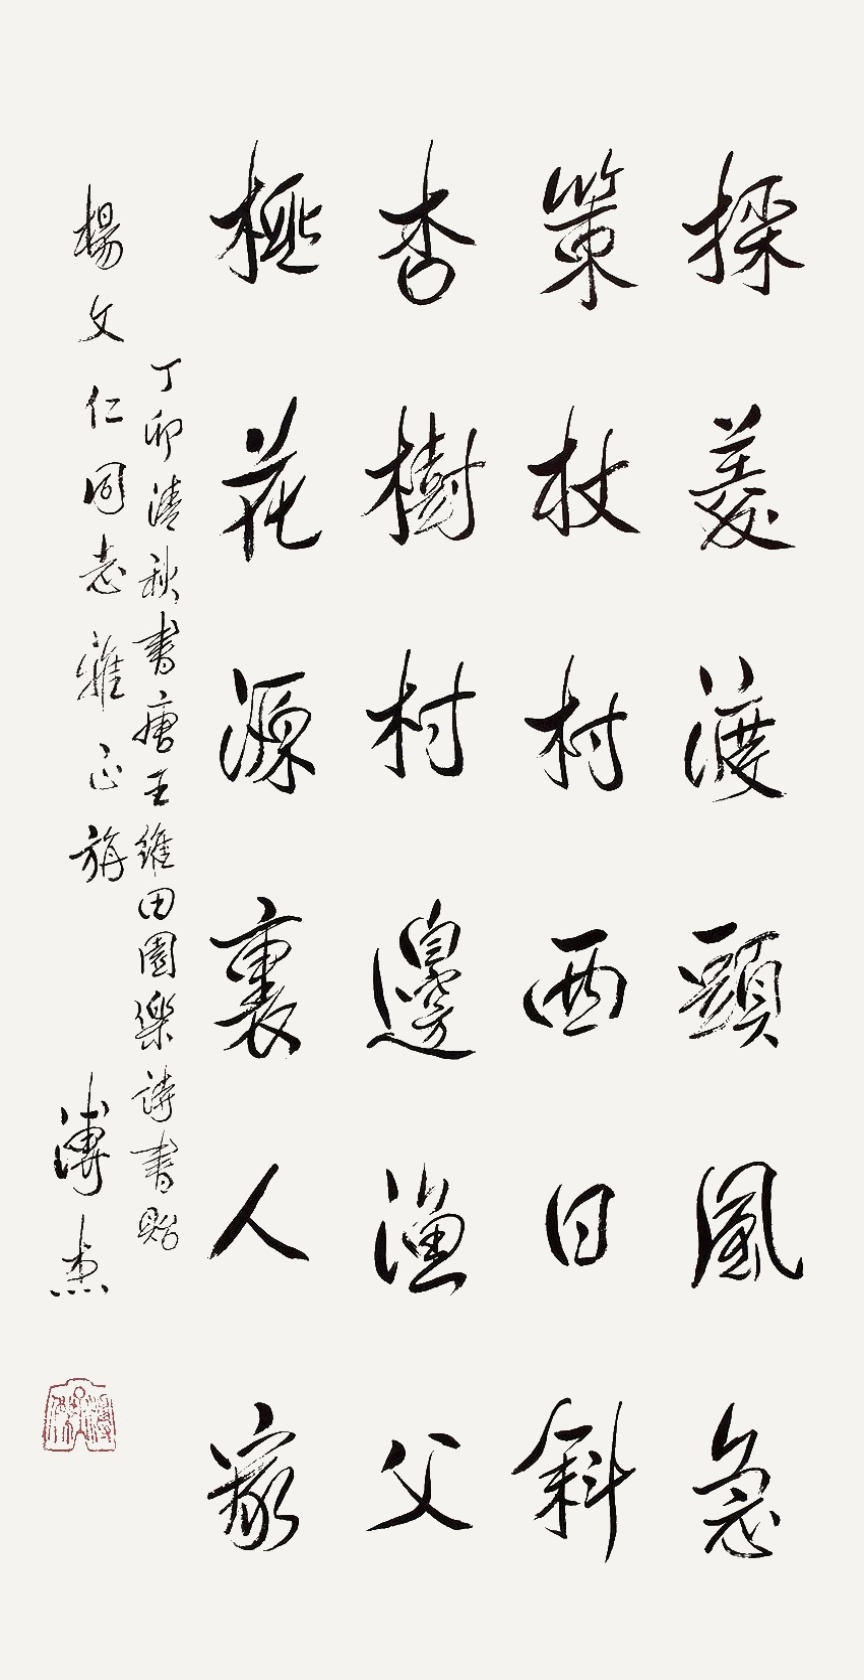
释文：采菱渡头风急，策杖村西日斜。杏树坛边渔父，桃花源里人家。丁卯清秋书唐王维田园乐诗书贻杨文仁同志雅正施，溥杰。